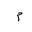
Letter: _mim